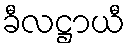
ခီလဋ္ဌာယီ